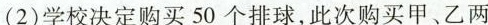
(2)学校决定购买50个排球，此次购买甲、乙两